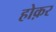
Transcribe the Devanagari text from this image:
होक़र